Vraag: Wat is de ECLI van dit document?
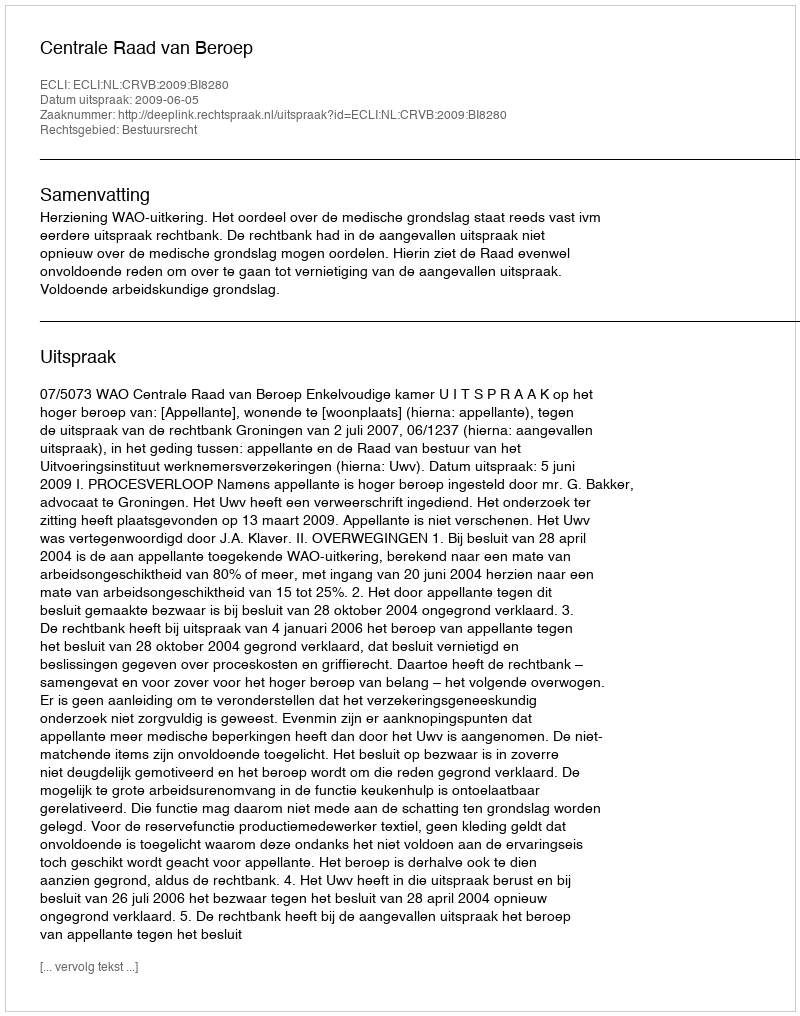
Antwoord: ECLI:NL:CRVB:2009:BI8280